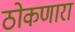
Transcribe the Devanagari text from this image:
ठोकणारा